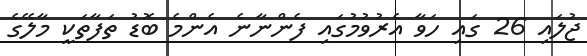
ޖުލައި 26 ގައި ހަވާ އެރުވުމުގައި ފެންނާނެ އެންމެ ބޮޑު ތަފާތަކީ މާލޭގެ